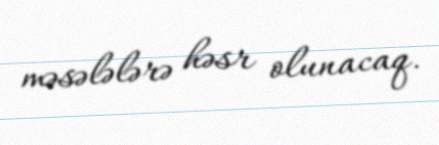
məsələlərə həsr olunacaq.